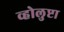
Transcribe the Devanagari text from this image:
व्होलुप्टा